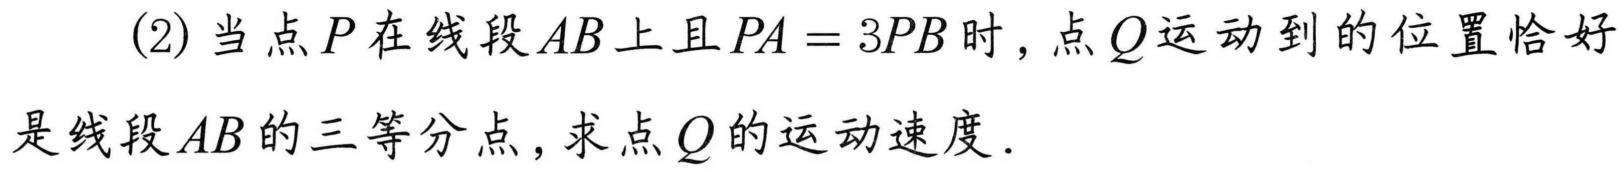
(2) 当点$P$在线段$AB$上且$PA = 3PB$时，点$Q$运动到的位置恰好
是线段$AB$的三等分点，求点$Q$的运动速度.